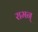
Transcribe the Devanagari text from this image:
रामन्‌